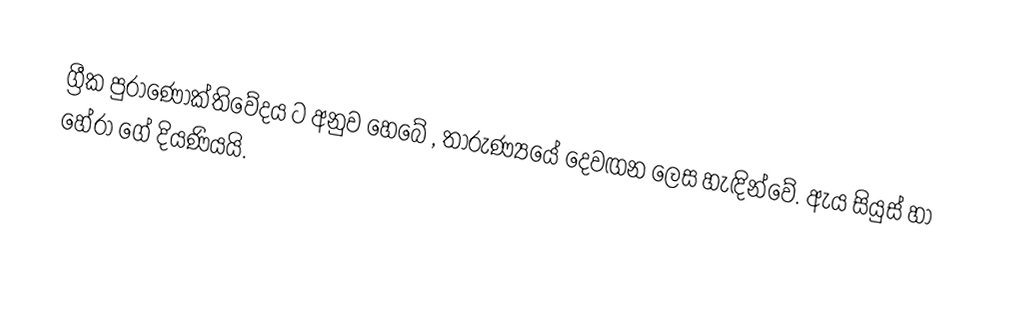
ග්‍රීක පුරාණෝක්තිවේදය ට අනුව හෙබේ , තාරුණ්‍යයේ දෙවඟන ලෙස හැඳින්වේ. ඇය සියුස් හා හේරා ගේ දියණියයි.